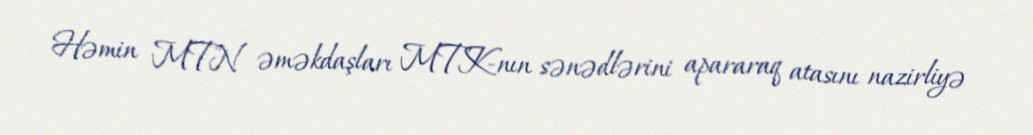
Həmin MTN əməkdaşları MTK-nın sənədlərini apararaq atasını nazirliyə